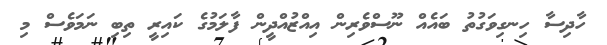
ހާދިސާ ހިނގިވަގުތު ބައެއް ނޫސްވެރިން އިއްޒުއްދީން ފާލަމުގެ ކައިރީ ތިބި ނަމަވެސް މި